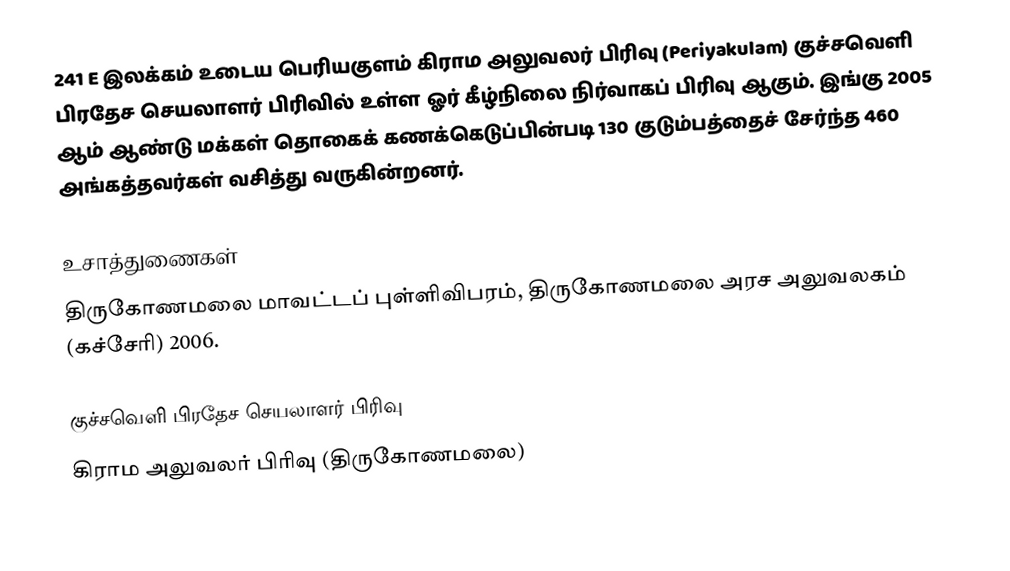
241 E இலக்கம்  உடைய பெரியகுளம் கிராம அலுவலர் பிரிவு (Periyakulam) குச்சவெளி பிரதேச செயலாளர் பிரிவில்  உள்ள ஓர் கீழ்நிலை நிர்வாகப் பிரிவு ஆகும். இங்கு 2005 ஆம் ஆண்டு மக்கள் தொகைக் கணக்கெடுப்பின்படி 130 குடும்பத்தைச் சேர்ந்த 460 அங்கத்தவர்கள் வசித்து வருகின்றனர்.

உசாத்துணைகள்
திருகோணமலை மாவட்டப் புள்ளிவிபரம்,  திருகோணமலை அரச அலுவலகம் (கச்சேரி) 2006.

குச்சவெளி பிரதேச செயலாளர் பிரிவு
கிராம அலுவலர் பிரிவு (திருகோணமலை)